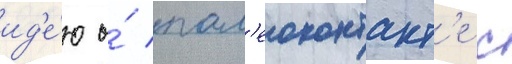
ид'е́ю о́ пал'еоконтакт'е с